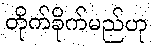
တိုက်ခိုက်မည်ဟု